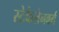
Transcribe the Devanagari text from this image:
स्टेकेलेनबर्ग